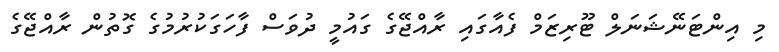
މި އިންޓަނޭޝަނަލް ޓޫރިޒަމް ފެއާގައި ރާއްޖޭގެ ގައުމީ ދުވަސް ފާހަގަކުރުމުގެ ގޮތުން ރާއްޖޭގެ